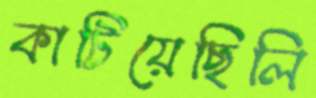
কাটিয়েছিলি